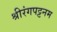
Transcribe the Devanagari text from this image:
श्रीरंगपट्टनम